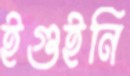
ইগুইনি